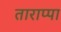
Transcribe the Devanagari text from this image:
ताराप्पा